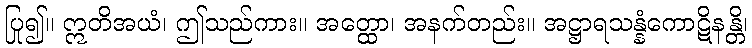
ပြု၍။ ဣတိအယံ၊ ဤသည်ကား။ အတ္ထော၊ အနက်တည်း။ အဋ္ဌာရသန္နံကောဋိနန္တိ၊